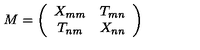
M = \left( \begin{array} { c c } { X _ { m m } } & { T _ { m n } } \\ { T _ { n m } } & { X _ { n n } } \\ \end{array} \right)